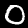
Digit: 0